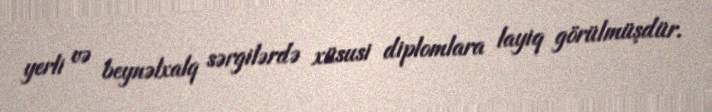
yerli və beynəlxalq sərgilərdə xüsusi diplomlara layiq görülmüşdür.